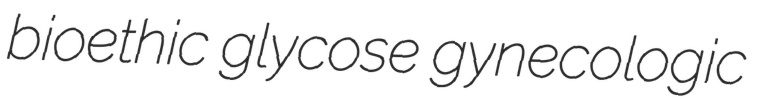
bioethic glycose gynecologic